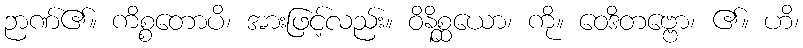
ဉာဏ်၏။ ကိစ္စတောပိ၊ အားဖြင့်လည်း။ ဝိနိစ္ဆယော၊ ကို။ ဝေဒိတဗ္ဗော၊ ၏။ ဟိ၊